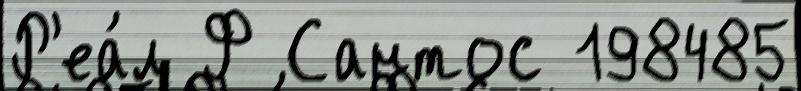
Р'еа́л Ф Сантос 198485